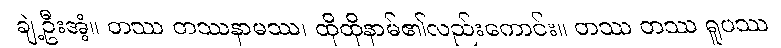
ချဲ့ဦးအံ့။ တဿ တဿနာမဿ၊ ထိုထိုနာမ်၏လည်းကောင်း။ တဿ တဿ ရူပဿ